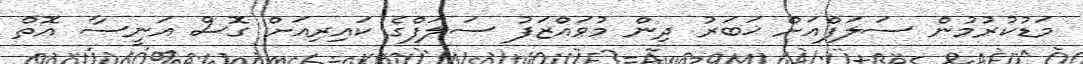
މަޑުކުރުމުން ސަލަފްއަށް ޚަބަރު ދިން މުވައްޒަފު ސަލަފްގެ ކައިރިއަށް ގޮސް އަނީސާ އޮތް